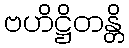
ဗဟိဋ္ဌိတန္တိ